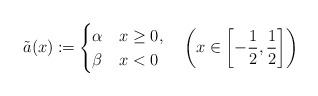
LaTeX: \begin{align*}\tilde{a}(x)\coloneqq\begin{cases}\alpha & x\geq0,\\\beta & x<0\end{cases}\quad\left(x\in\left[-\frac{1}{2},\frac{1}{2}\right]\right)\end{align*}